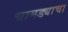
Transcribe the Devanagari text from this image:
चामड्याचा